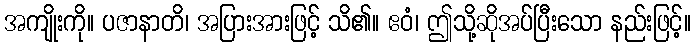
အကျိုးကို။ ပဇာနာတိ၊ အပြားအားဖြင့် သိ၏။ ဧဝံ၊ ဤသို့ဆိုအပ်ပြီးသော နည်းဖြင့်။